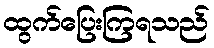
ထွက်ပြေးကြရသည်